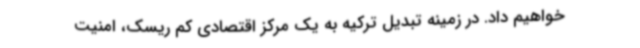
خواهیم داد. در زمینه تبدیل ترکیه به یک مرکز اقتصادی کم ریسک، امنیت